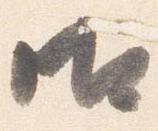
御